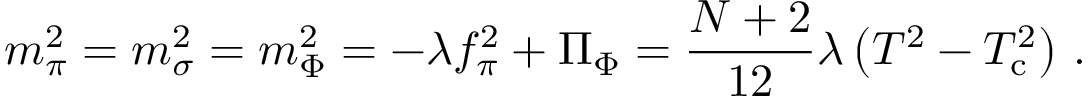
m _ { \pi } ^ { 2 } = m _ { \sigma } ^ { 2 } = m _ { \Phi } ^ { 2 } = - \lambda f _ { \pi } ^ { 2 } + \Pi _ { \Phi } = \frac { N + 2 } { 1 2 } \lambda \left( T ^ { 2 } - T _ { \mathrm { c } } ^ { 2 } \right) \, .